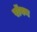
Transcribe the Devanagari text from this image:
रॉवन